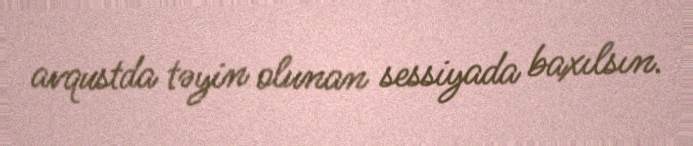
avqustda təyin olunan sessiyada baxılsın.